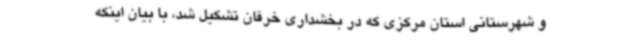
و شهرستانی استان مرکزی که در بخشداری خرقان تشکیل شد، با بیان اینکه